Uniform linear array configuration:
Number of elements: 4
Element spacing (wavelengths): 1
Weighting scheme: exponential
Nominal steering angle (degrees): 0
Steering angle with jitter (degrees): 1.676
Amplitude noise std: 0.05
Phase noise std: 0.05

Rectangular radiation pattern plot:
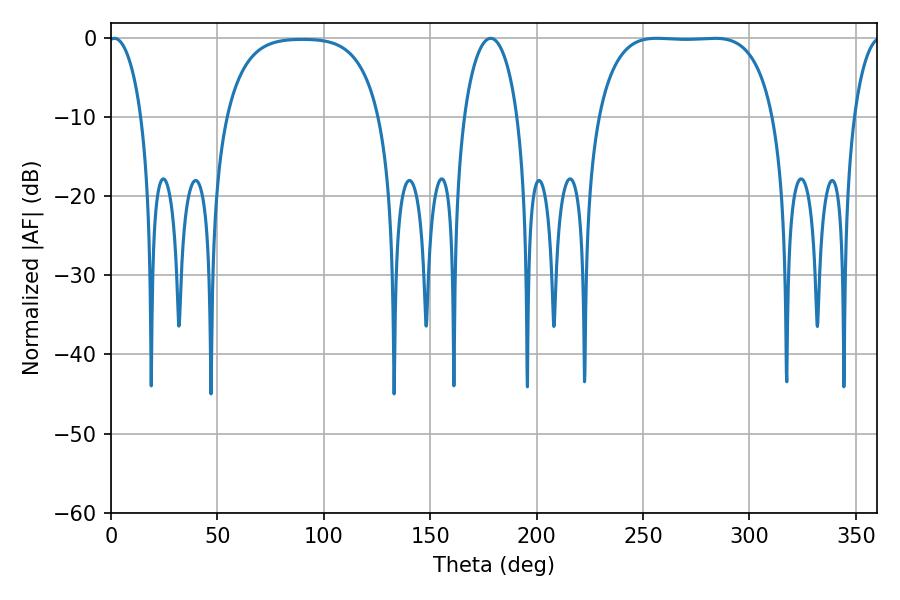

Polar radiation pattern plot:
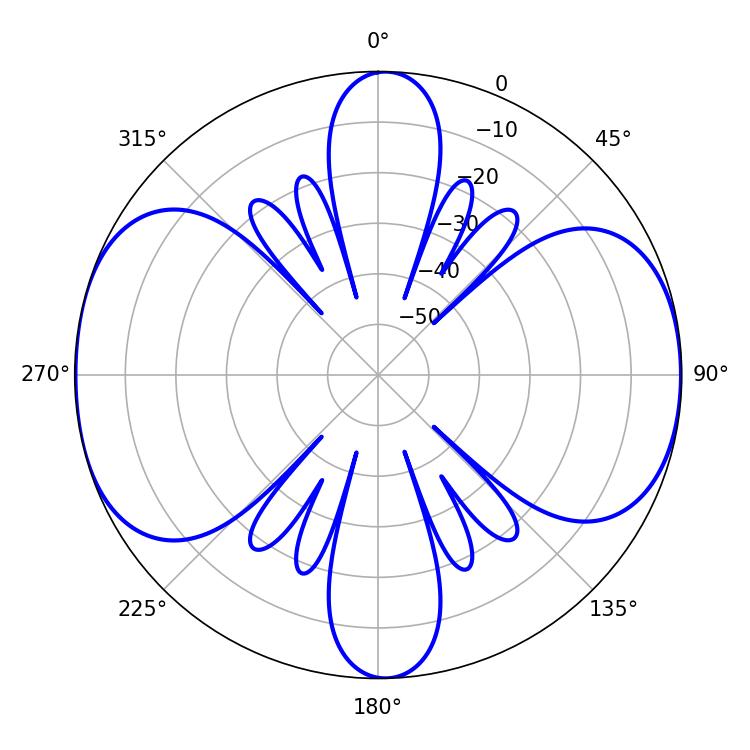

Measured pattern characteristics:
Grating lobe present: TRUE
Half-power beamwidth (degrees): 64.44
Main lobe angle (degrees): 256.5